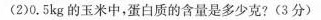
(2)0.5kg的玉米中，蛋白质的含量是多少克?(3分)